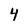
Character: 4